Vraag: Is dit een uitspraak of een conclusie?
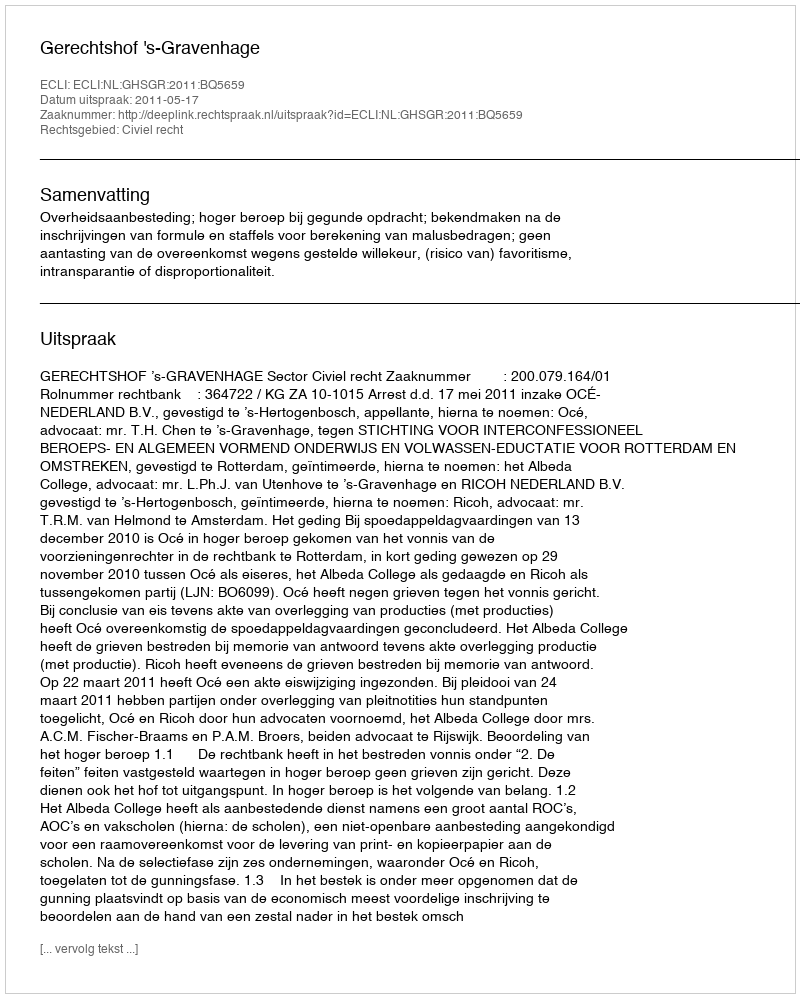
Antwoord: Uitspraak